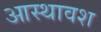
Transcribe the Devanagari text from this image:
आस्थावश